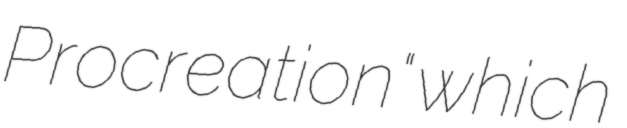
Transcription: Procreation" which